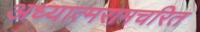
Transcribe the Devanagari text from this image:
अध्यात्मरामचरित